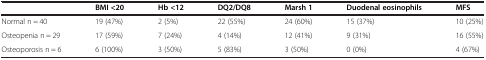
|  | BMI <20 | Hb <12 | DQ2/DQ8 | Marsh 1 | Duodenal eosinophils | MFS |
 | --- | --- | --- | --- | --- | --- | --- |
 | Normal n = 40 | 19 (47%) | 2 (5%) | 22 (55%) | 24 (60%) | 15 (37%) | 10 (25%) |
 | Osteopenia n = 29 | 17 (59%) | 7 (24%) | 4 (14%) | 12 (41%) | 9 (31%) | 16 (55%) |
 | Osteoporosis n = 6 | 6 (100%) | 3 (50%) | 5 (83%) | 3 (50%) | 0 (0%) | 4 (67%) |